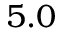
5 . 0